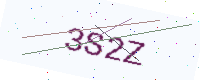
Text: 3S2Z